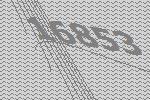
16853